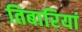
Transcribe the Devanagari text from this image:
तिबारियां